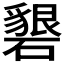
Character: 𥖞